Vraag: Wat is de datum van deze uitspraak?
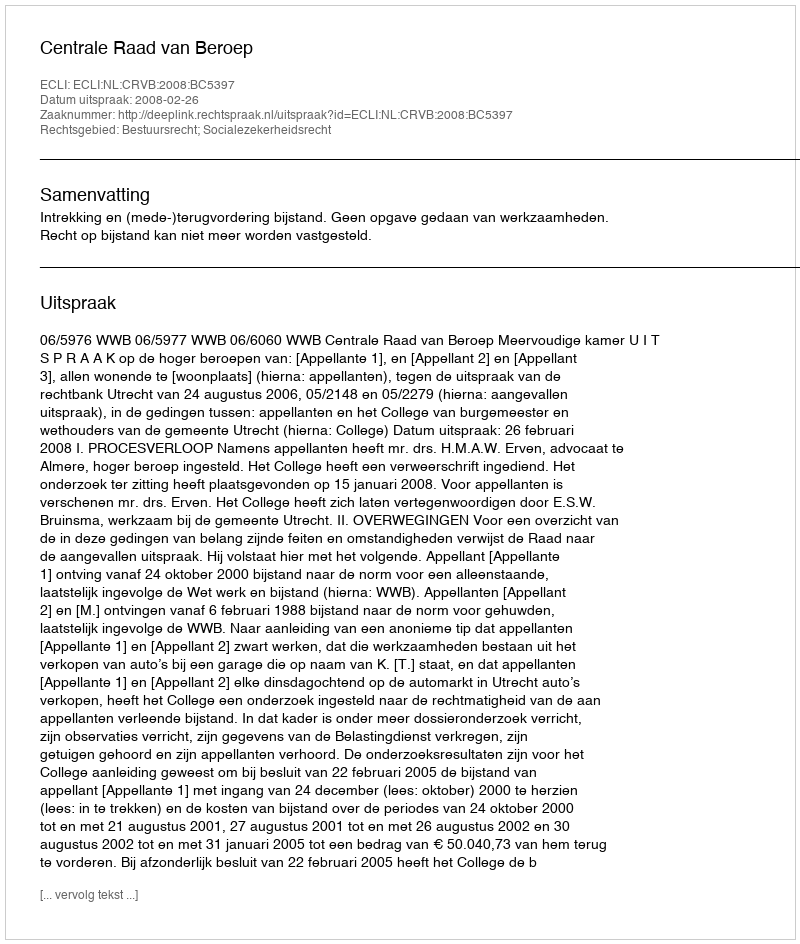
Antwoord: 2008-02-26